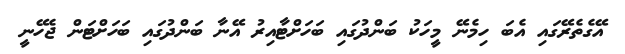
އޭގެތެރޭގައި އެބަ ހިމެނޭ މީހަކު ބަންދުގައި ބަހަށްޓާއިރު އޭނާ ބަންދުގައި ބަހަށްޓަން ޖެހޭނީ